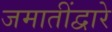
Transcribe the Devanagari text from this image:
जमातींद्वारे